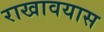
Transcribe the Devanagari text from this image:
राखावयास